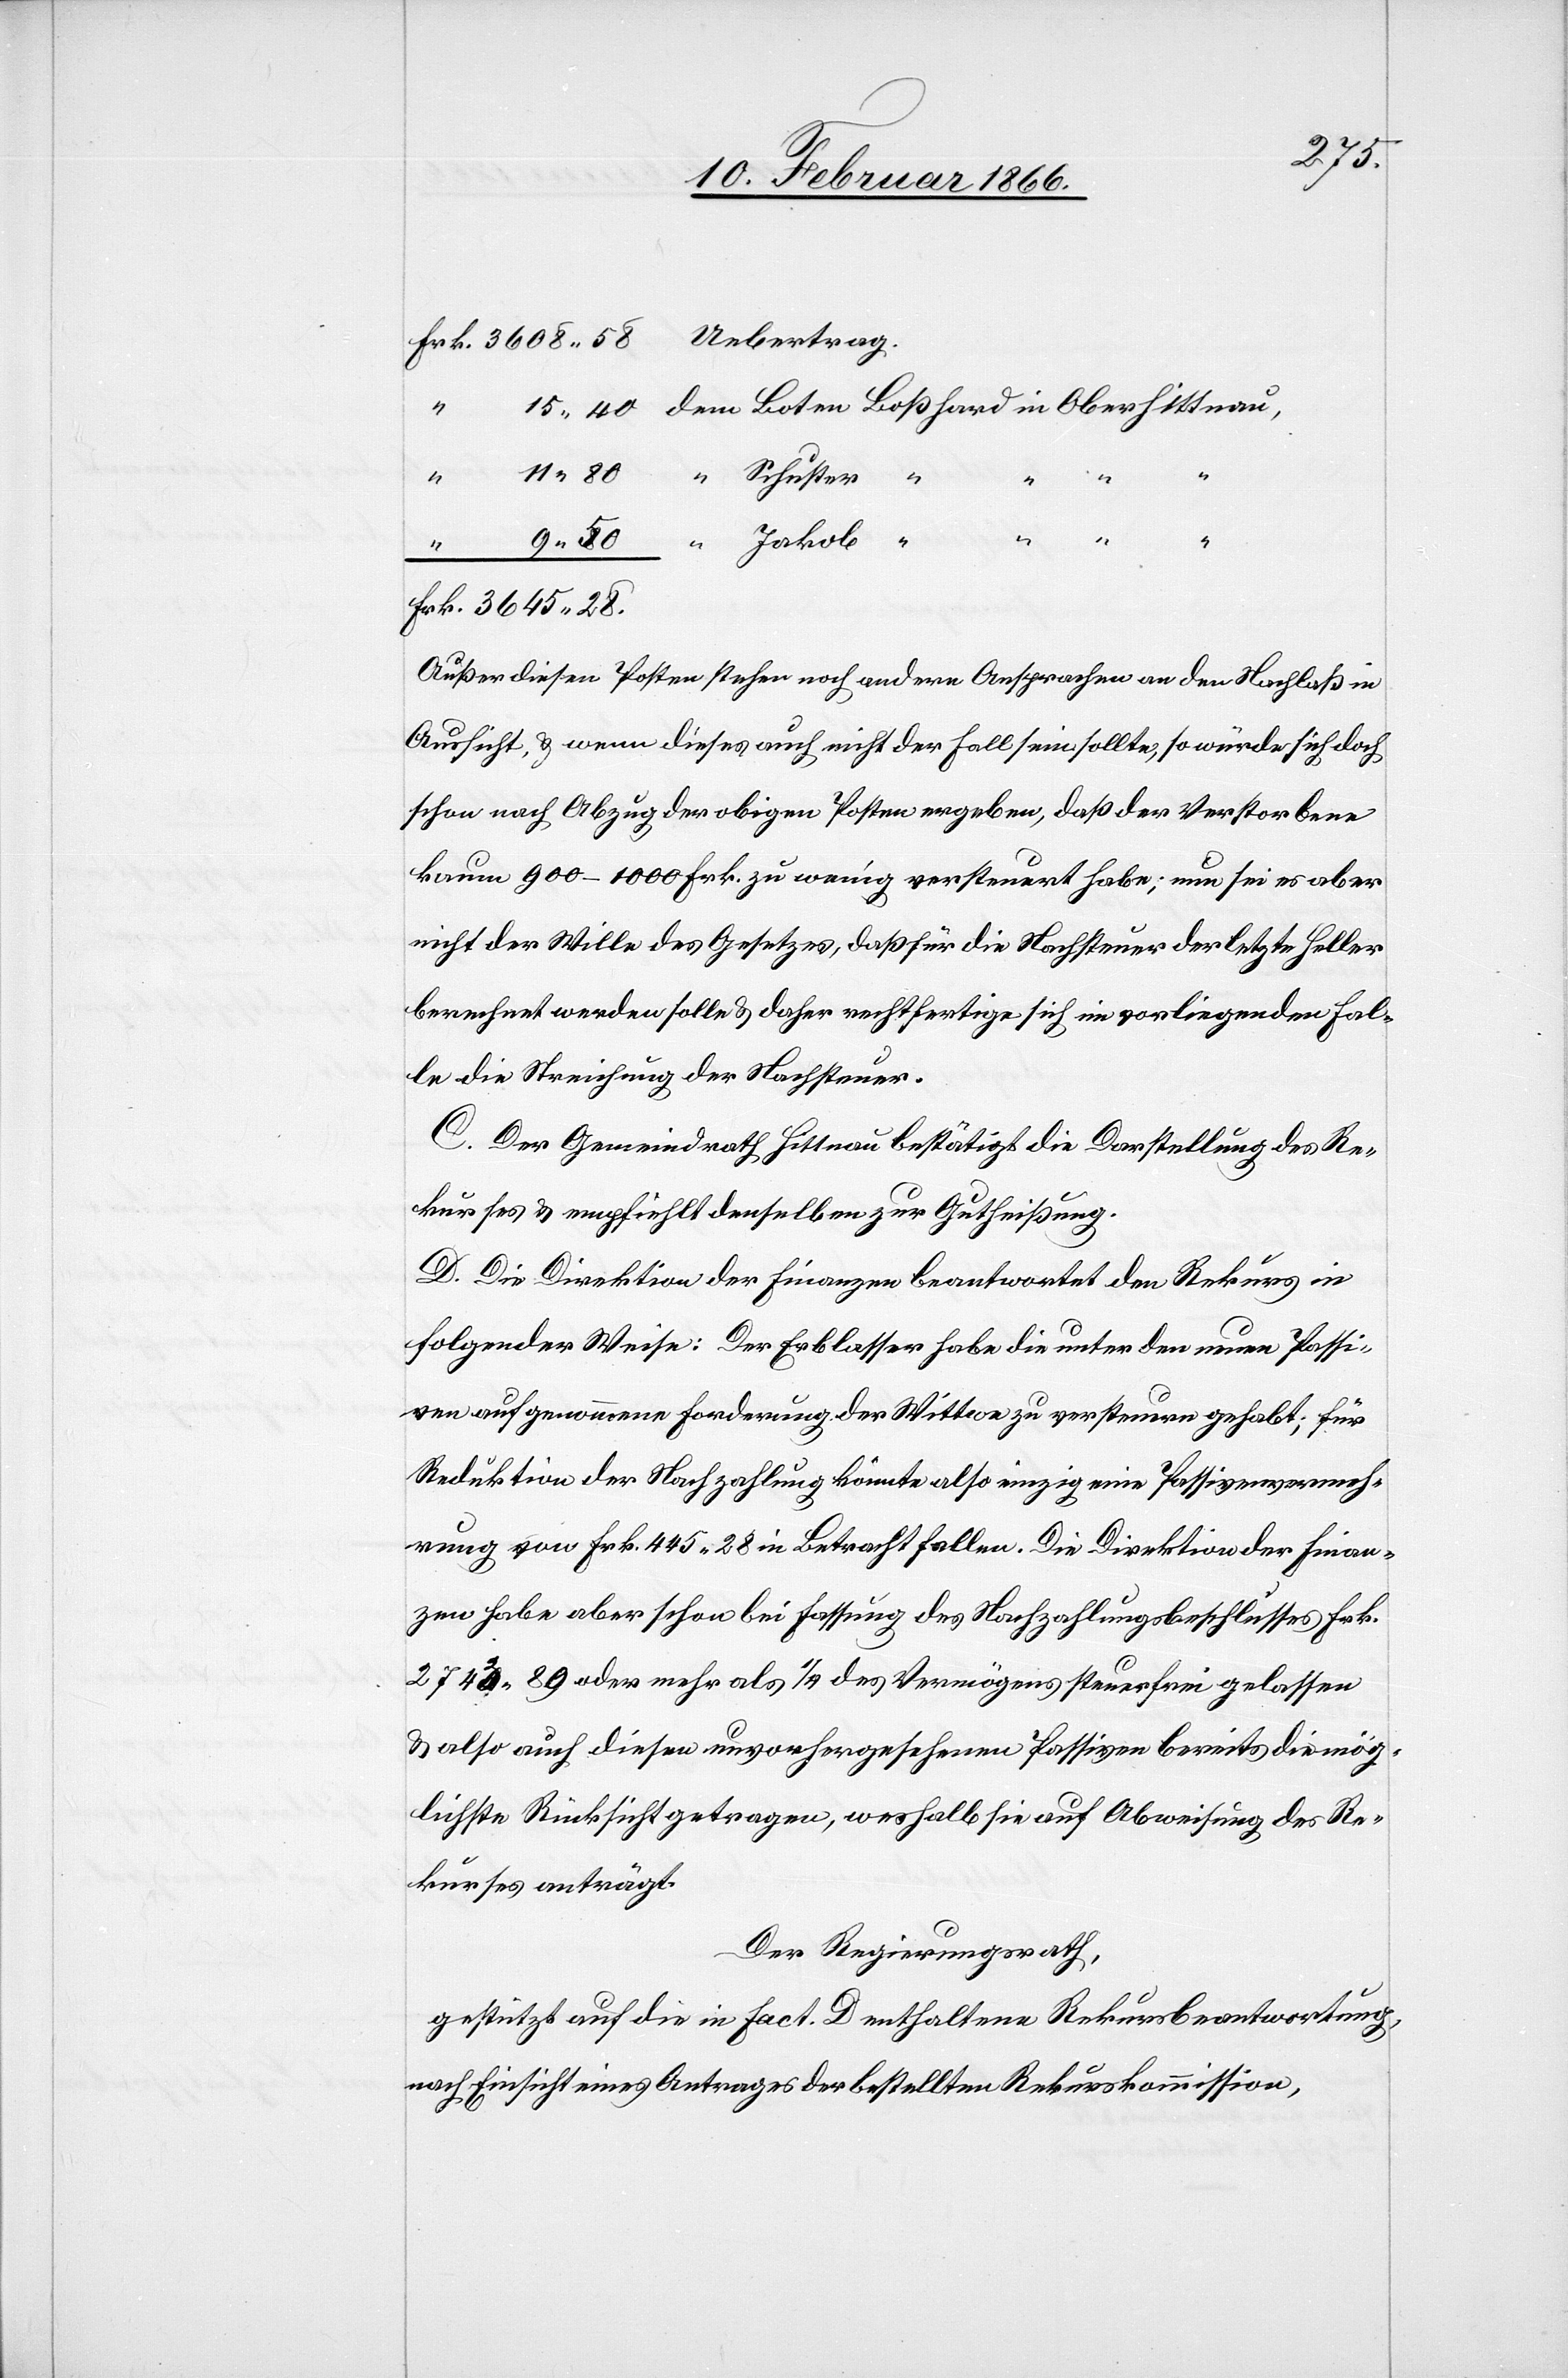
“ Schuster “
“
dem
3645,28.
Außer diesen Posten stehen noch andere Ansprachen an den Nachlaß in
Aussicht u. wenn dieses auch nicht der Fall sein sollte, so würde sich doch
schon nach Abzug der obigen Posten ergeben, daß der Verstorbene
kaum 900–1000 Frk. zu wenig versteuert habe; nun sei es aber
nicht der Wille des Gesetzes, daß für die Nachsteuer der letzte Heller
berechnet werden solle u. daher rechtfertige sich im vorliegenden Fal¬
le die Streichung der Nachsteuer.
C. Der Gemeindrath Hittnau bestätigt die Darstellung des Re¬
kurses u. empfiehlt denselben zur Gutheißung.
D. Die Direktion der Finanzen beantwortet den Rekurs in
folgender Weise: Der Erblasser habe die unter den neuen Positio¬
nen aufgenommene Forderung der Wittwe zu versteuern gehabt; für
Reduktion der Nachzahlung könnte also einzig eine Passivenvermeh¬
rung von Frk. 445,28 in Betracht fallen. Die Direktion der Finan¬
zen habe aber schon bei Fassung des Nachzahlungsbeschlusses Frk.
2742,89 oder mehr als ¼ des Vermögens steuerfreu gelassen
u. also auch diesen unvorhergesehenen Passiven bereits die mög¬
lichste Rücksicht getragen, weshalb sie auf Abweisung des Re¬
kurses anträgt.
Der Regierungsrath,
gestützt auf die in Fact. D enthaltene Rekursbeantwortung,
nach Einsicht eines Antrages der bestellten Rekurskommission,